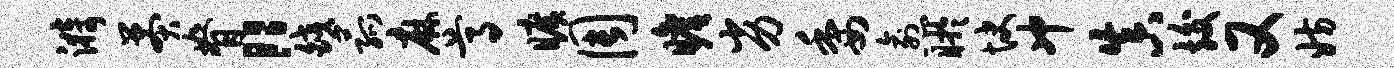
漪莽脊“皎菰麻尊旷周瞻劣委愈盱快冲真竣又妨